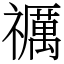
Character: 禲